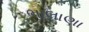
ભાલાણા